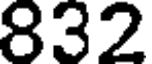
832